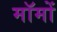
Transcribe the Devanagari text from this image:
मॉमों